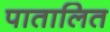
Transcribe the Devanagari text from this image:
पातालित